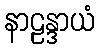
နာဠန္ဒာယံ